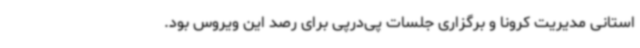
استانی مدیریت کرونا و برگزاری جلسات پی‌درپی برای رصد این ویروس بود.